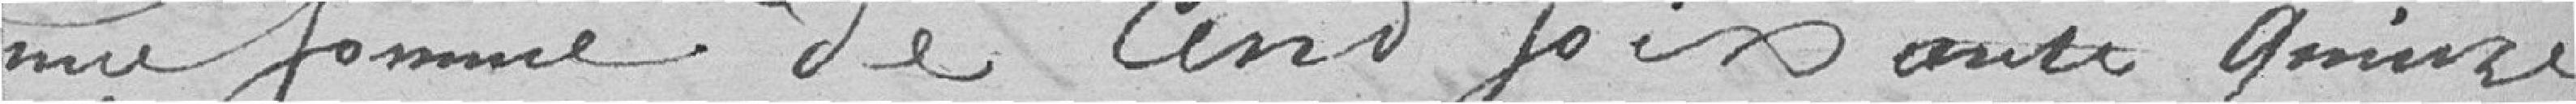
une somme de cent fois cent quinze